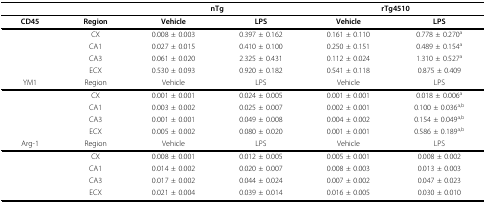
|  |  | <COLSPAN=2> nTg | <COLSPAN=2> rTg4510 |
 | --- | --- | --- | --- | --- | --- |
 | CD45 | Region | Vehicle | LPS | Vehicle | LPS |
 |  | CX | 0.008 ± 0.003 | 0.397 ± 0.162 | 0.161 ± 0.110 | 0.778 ± 0.270 a |
 |  | CA1 | 0.027 ± 0.015 | 0.410 ± 0.100 | 0.250 ± 0.151 | 0.489 ± 0.154 a |
 |  | CA3 | 0.061 ± 0.020 | 2.325 ± 0.431 | 0.112 ± 0.024 | 1.310 ± 0.527 a |
 |  | ECX | 0.530 ± 0.093 | 0.920 ± 0.182 | 0.541 ± 0.118 | 0.875 ± 0.409 |
 | YM1 | Region | Vehicle | LPS | Vehicle | LPS |
 |  | CX | 0.001 ± 0.001 | 0.024 ± 0.005 | 0.001 ± 0.001 | 0.018 ± 0.006 a |
 |  | CA1 | 0.003 ± 0.002 | 0.025 ± 0.007 | 0.002 ± 0.001 | 0.100 ± 0.036 a,b |
 |  | CA3 | 0.001 ± 0.001 | 0.049 ± 0.008 | 0.004 ± 0.002 | 0.154 ± 0.049 a,b |
 |  | ECX | 0.005 ± 0.002 | 0.080 ± 0.020 | 0.001 ± 0.001 | 0.586 ± 0.189 a,b |
 | Arg-1 | Region | Vehicle | LPS | Vehicle | LPS |
 |  | CX | 0.008 ± 0.001 | 0.012 ± 0.005 | 0.005 ± 0.001 | 0.008 ± 0.002 |
 |  | CA1 | 0.014 ± 0.002 | 0.020 ± 0.007 | 0.008 ± 0.003 | 0.013 ± 0.003 |
 |  | CA3 | 0.017 ± 0.002 | 0.044 ± 0.024 | 0.007 ± 0.002 | 0.047 ± 0.023 |
 |  | ECX | 0.021 ± 0.004 | 0.039 ± 0.014 | 0.016 ± 0.005 | 0.030 ± 0.010 |